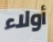
أولاء